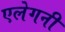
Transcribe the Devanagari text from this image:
एलेगनी